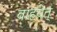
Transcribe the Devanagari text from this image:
वाहयेत्